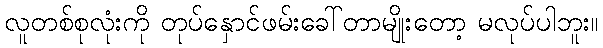
လူတစ်စုလုံးကို တုပ်နှောင်ဖမ်းခေါ်တာမျိုးတော့ မလုပ်ပါဘူး။